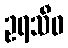
ဥရသီဝ